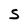
Character: S